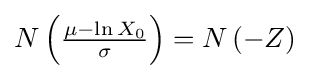
N\left({\tfrac {\mu -\ln X_{0}}{\sigma }}\right)=N\left(-Z\right)